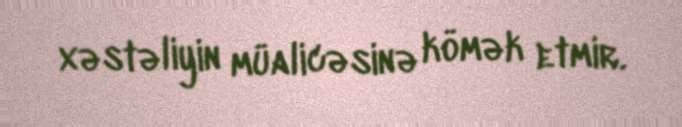
xəstəliyin müalicəsinə kömək etmir.